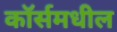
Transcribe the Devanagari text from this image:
कॉर्समधील